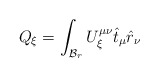
\begin{align*}Q_{\xi } = \int_{{\cal{B}}_{r}} U^{\mu \nu}_{\xi} \hat{t}_{\mu}\hat{r}_{\nu}\end{align*}